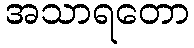
အသာရတော